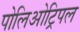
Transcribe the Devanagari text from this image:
पोलिओट्रिपल